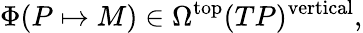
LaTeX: \Phi(P\mapsto M)\in\Omega^{\mathrm{top}}(TP)^{\mathrm{vertical}},